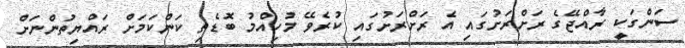
ސަންގަކީ ރާއްޖޭގެ ރަށްރަށުގައި އެ ރަށްރަށުގައި ކުރެވޭ މުހިއްމު ބޮޑެތި ކަންކަމަށް ރައްޔިތުންނަށް